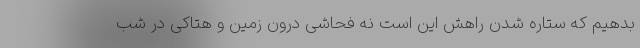
بدهیم که ستاره‌ شدن راهش این است نه فحاشی درون زمین و هتاکی در شب